Madras plague regulations in force outside the Presidency town - Volume 7
Disease focus: Plague
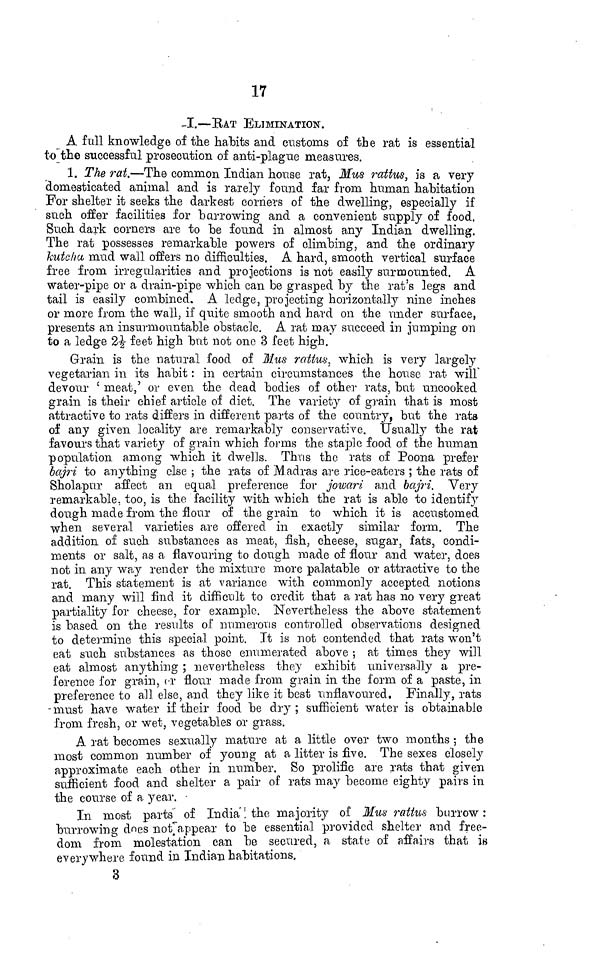
17
-I.—RAT ELIMINATION.
A full knowledge of the habits and customs of the rat is essential
to the successful prosecution of anti-plague measures.
1. The rat.—The common Indian house rat, Mus rattus, is a very
'domesticated animal and is rarely found far from human habitation
For shelter it seeks the darkest corners of the dwelling, especially if
such offer facilities for harrowing and a convenient supply of food.
Such dark corners are to be found in almost any Indian dwelling.
The rat possesses remarkable powers of climbing, and the ordinary
kutcha, mud waJl offers no difficulties. A hard, smooth vertical surface
free from irregularities and projections is not easily surmounted. A
water-pipe or a drain-pipe which can be grasped by the rat's legs and
tail is easily combined. A ledge, projecting horizontally nine inches
or more from the wall, if quite smooth and hard on the under surface,
presents an insurmountable obstacle. A rat may succeed in jumping on
to a ledge 2-£ feet high bnt not one 8 feet high.
Grain is the natural food of Mus rcittus, which is very largely
vegetarian in its habit : in certain circumstances the house rat wnT
devour ' meat,' or even the dead bodies of other rats, but uncooked
grain is their chief article of diet. The variety of grain that is most
attractive to rats differs in different parts of the country, but the rats
of any given locality are remarkably conservative. Usually the rat
favours that variety of grain which forms the staple food of the human
population among which it dwells. Thus the rats of Poona prefer
bajri to anything else ; the rats of ]V1 adras are rice-eaters ; the rats of
Sholapur affect an equal preference for jowari a.nd bajri. Very
remarkable, too, is tho facility with which the rat is able to identify
dough made from the flour of the grain to which it is accustomed
when several varieties are offered in exactly similar form. The
addition of such substances as meat, fish, cheese, sugar, fats, condi-
ments or salt, as a flavouring to dough made of flour and water, does
not in any way render the mixture more palatable or attractive to the
rat. This statement is at variance with commonly accepted notions
and many will find it difficult to credit that a rat has no very great
partiality for cheese, for example. Nevertheless the above statement
is based on the results o I' numerous controlled observations designed
to determine this special point. It is not contended that rats won't
eat such substances as those enumerated above ; at times they will
eat almost anything ; nevertheless they exhibit universally a pre-
ference for grain, cr flour made from grain in the form of a paste, in
preference to all else, and they like it best unflavoured. Finally, rats
- must have water if their food be dry ; sufficient water is obtainable
from fresh, or wet, vegetables or grass.
A rat becomes sexually mature at a little over two months ; the
most common number of young at a litter is five. The sexes closely
approximate each other in number. So prolific are rats that given
sufficient food and shelter a pair of rats may become eighty pairs in
the course of a year. •
In most parts' of India'! the majority of Mus rattus burrow:
burrowing does not'appear to be essential provided shelter and free-
dom from molestation can be secured, a state of affairs that is
everywhere found in Indian habitations.
3